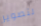
لتصوير